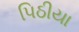
પિઠીયા